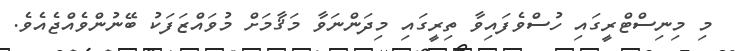
މި މިނިސްޓްރީގައި ހުސްވެފައިވާ ތިރީގައި މިދަންނަވާ މަޤާމަށް މުވައްޒަފަކު ބޭނުންވެއްޖެއެވެ.